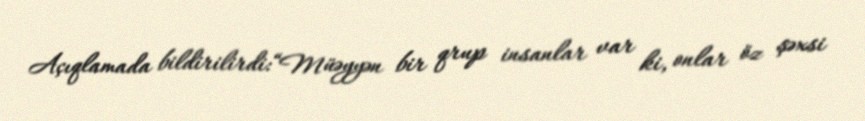
Açıqlamada bildirilirdi:“Müəyyən bir qrup insanlar var ki, onlar öz şəxsi